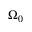
\Omega _ { 0 }